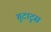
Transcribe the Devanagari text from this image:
गुटाटुस